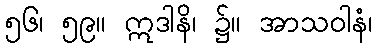
၅၆၊ ၅၉။ ဣဒါနိ၊ ၌။ အာသဝါနံ၊